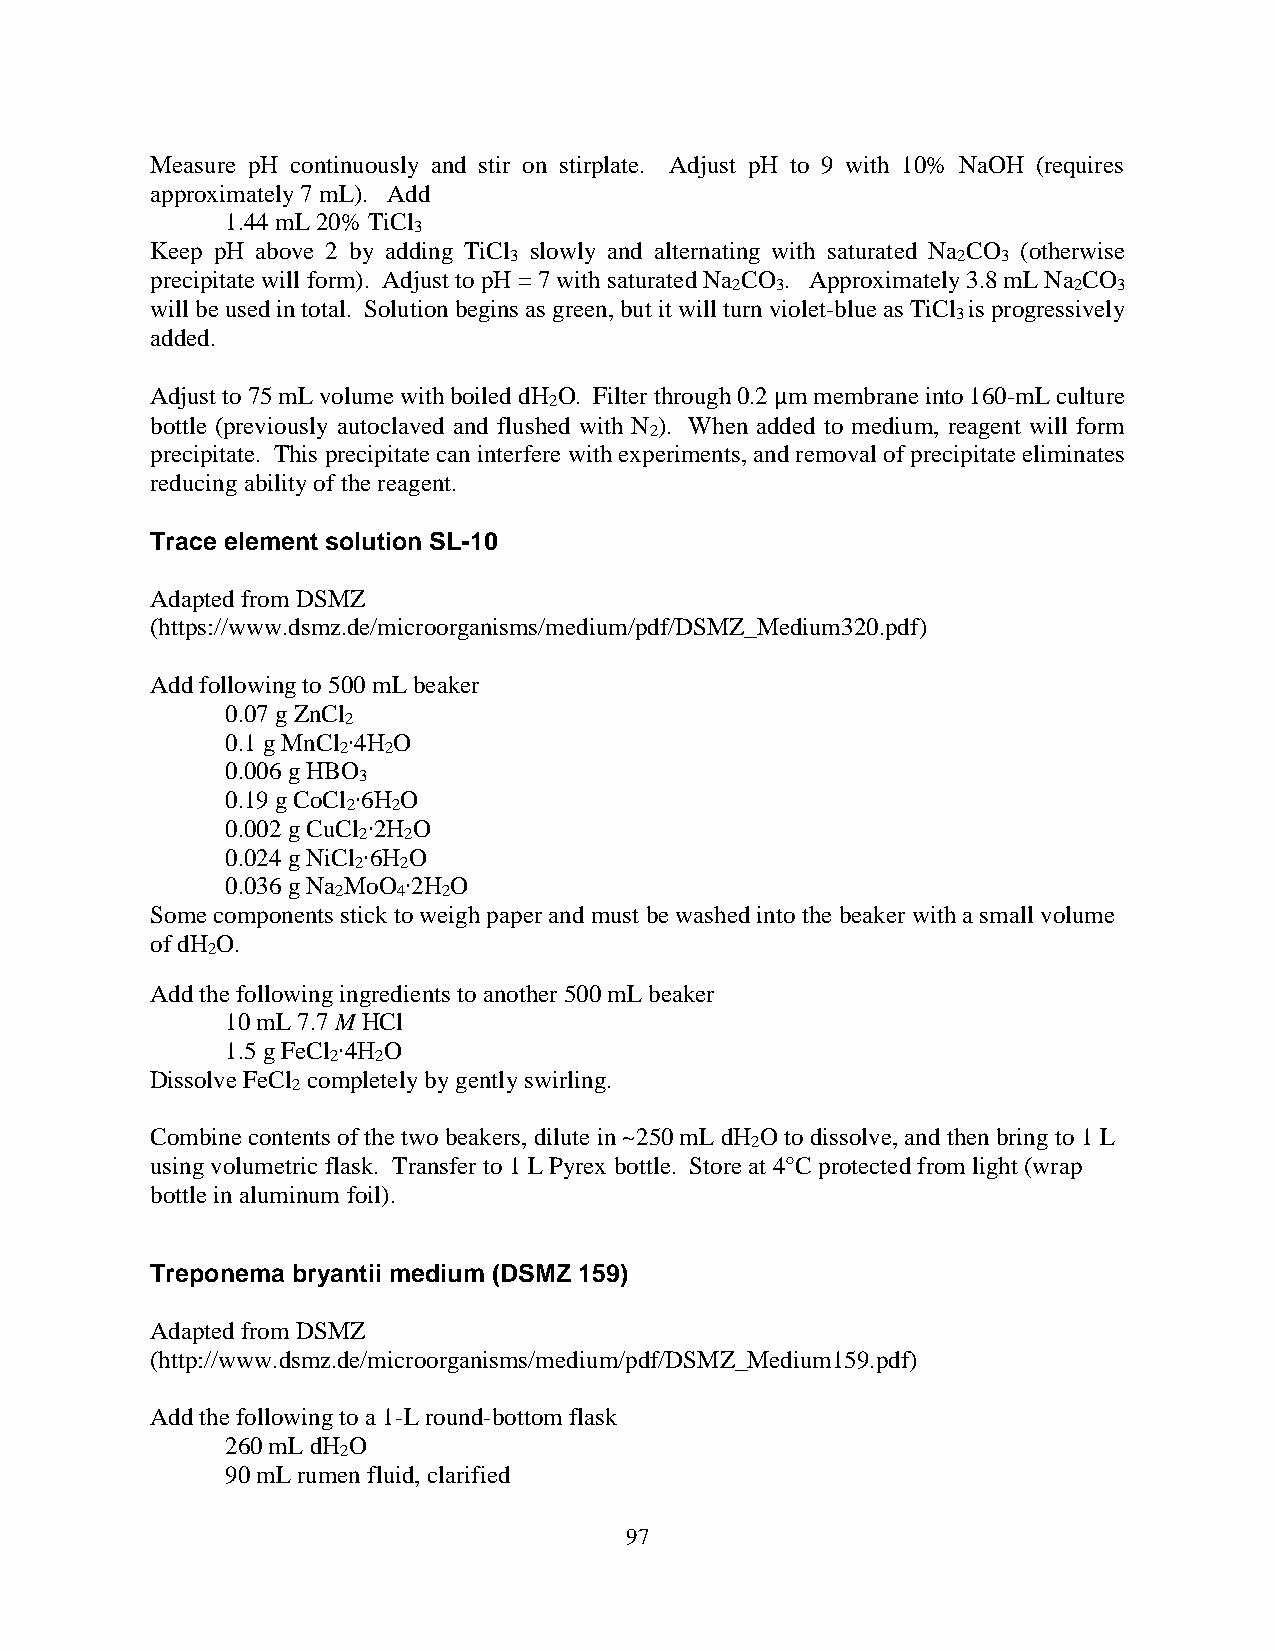
Measure pH continuously and stir on stirplate. Adjust pH to 9 with 10% NaOH (requires
 approximately 7 mL). Add
 1.44 mL 20% TiCl
 3
 Keep pH above 2 by adding TiCl slowly and alternating with saturated Na CO (otherwise
 3                            2  3
 precipitate will form). Adjust to pH = 7 with saturated Na CO . Approximately 3.8 mL Na CO
 2  3                   2  3
 will be used in total. Solution begins as green, but it will turn violet-blue as TiCl is progressively
 3
 added.
 Adjust to 75 mL volume with boiled dH O. Filter through 0.2 μm membrane into 160-mL culture
 2
 bottle (previously autoclaved and flushed with N ). When added to medium, reagent will form
 2
 precipitate. This precipitate can interfere with experiments, and removal of precipitate eliminates
 reducing ability of the reagent.
 Trace element solution SL-10
 Adapted from DSMZ
 (https://www.dsmz.de/microorganisms/medium/pdf/DSMZ_Medium320.pdf)
 Add following to 500 mL beaker
 0.07 g ZnCl
 2
 0.1 g MnCl ∙4H O
 2  2
 0.006 g HBO
 3
 0.19 g CoCl ∙6H O
 2  2
 0.002 g CuCl ∙2H O
 2  2
 0.024 g NiCl ∙6H O
 2  2
 0.036 g Na MoO ∙2H O
 2   4  2
 Some components stick to weigh paper and must be washed into the beaker with a small volume
 of dH O.
 2
 Add the following ingredients to another 500 mL beaker
 10 mL 7.7 M HCl
 1.5 g FeCl ∙4H O
 2  2
 Dissolve FeCl completely by gently swirling.
 2
 Combine contents of the two beakers, dilute in ~250 mL dH O to dissolve, and then bring to 1 L
 2
 using volumetric flask. Transfer to 1 L Pyrex bottle. Store at 4°C protected from light (wrap
 bottle in aluminum foil).
 Treponema bryantii medium (DSMZ 159)
 Adapted from DSMZ
 (http://www.dsmz.de/microorganisms/medium/pdf/DSMZ_Medium159.pdf)
 Add the following to a 1-L round-bottom flask
 260 mL dH O
 2
 90 mL rumen fluid, clarified
 97